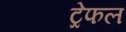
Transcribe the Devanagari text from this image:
ट्रेफल